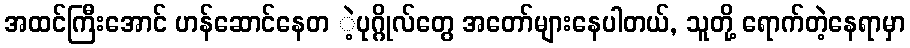
အထင်ကြီးအောင် ဟန်ဆောင်နေတ ဲ့ပုဂ္ဂိုလ်တွေ အတော်များနေပါတယ်, သူတို့ ရောက်တဲ့နေရာမှာ